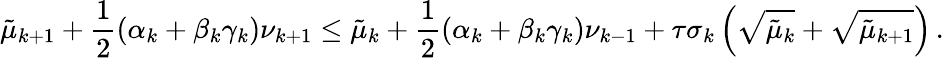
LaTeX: {\tilde{\mu}}_{k+1}+\frac{1}{2}\left({\alpha}_{k}+{\beta}_{k}{\gamma}_{k}\right){\nu}_{k+1}\leq{\tilde{\mu}}_{k}+\frac{1}{2}\left({\alpha}_{k}+{\beta}_{k}{\gamma}_{k}\right){\nu}_{k-1}+{\tau}{\sigma}_{k}\left(\sqrt{{\tilde{\mu}}_{k}}+\sqrt{{\tilde{\mu}}_{k+1}}\right)\, .